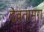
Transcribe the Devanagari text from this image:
देवतामुरा